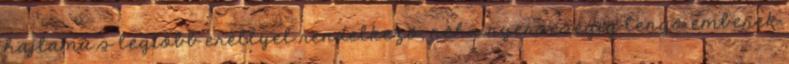
hajlamú s legtöbb eréllyel rendelkező, néha nyerseségig lengő emberek